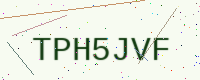
Text: TPH5JVF